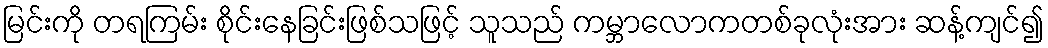
မြင်းကို တရကြမ်း စိုင်းနေခြင်းဖြစ်သဖြင့် သူသည် ကမ္ဘာလောကတစ်ခုလုံးအား ဆန့်ကျင်၍